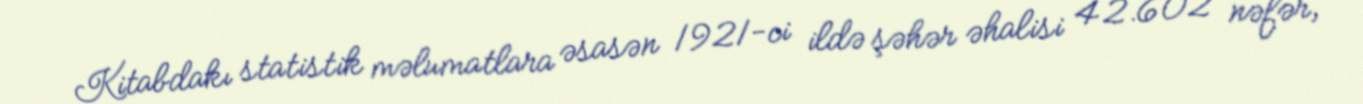
Kitabdakı statistik məlumatlara əsasən 1921-ci ildə şəhər əhalisi 42.602 nəfər,